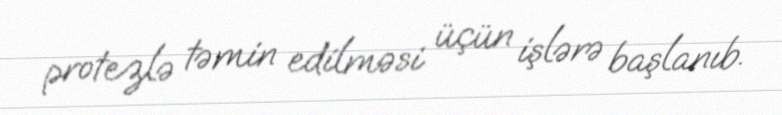
protezlə təmin edilməsi üçün işlərə başlanıb.